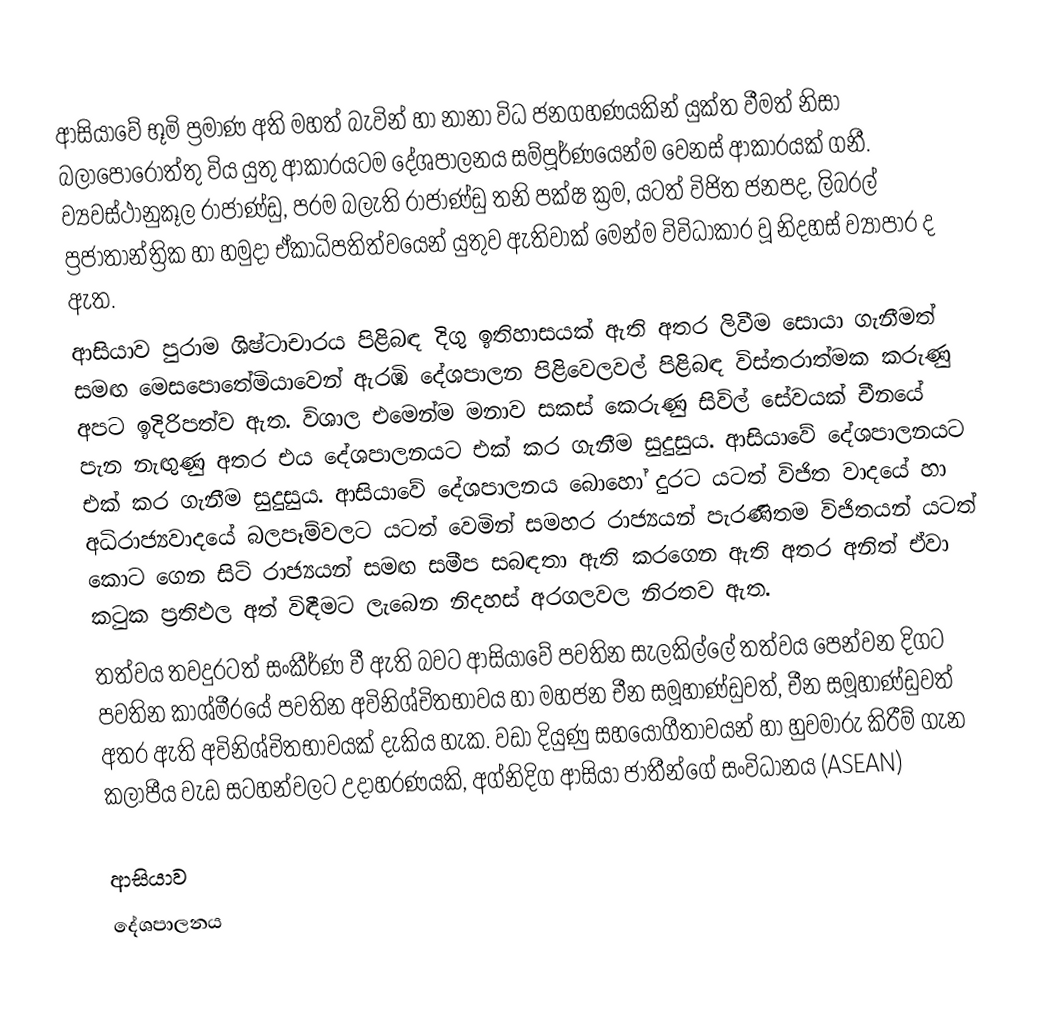
ආසියාවේ භූමි ප්‍රමාණ අති මහත් බැවින් හා නානා විධ ජනගහණයකින් යුක්ත වීමත් නිසා බලාපොරොත්තු විය යුතු ආකාරයටම දේශපාලනය සම්පූර්ණයෙන්ම වෙනස් ආකාරයක් ගනී. ව්‍යවස්ථානුකූල රාජාණ්ඩු, පරම බලැති රාජාණ්ඩු තනි පක්ෂ ක්‍රම, යටත් විජිත ජනපද, ලිබරල් ප්‍රජාතාන්ත්‍රික හා හමුදා ඒකාධිපතිත්වයෙන් යුතුව ඇතිවාක් මෙන්ම විවිධාකාර වූ නිදහස් ව්‍යාපාර ද ඇත.
ආසියාව පුරාම ශිෂ්ටාචාරය පිළිබඳ දිගු ඉතිහාසයක් ඇති අතර ලිවීම සොයා ගැනීමත් සමඟ මෙසපොතේමියාවෙන් ඇරඹි දේශපාලන පිළිවෙලවල් පිළිබඳ විස්තරාත්මක කරුණු අපට ඉදිරිපත්ව ඇත. විශාල එමෙන්ම මනාව සකස් කෙ‍රුණු සිවිල් සේවයක් චීනයේ පැන නැඟුණු අතර එය දේශපාලනයට එක් කර ගැනීම සුදුසුය. ආසියාවේ දේශපාලනයට එක් කර ගැනීම සුදුසුය. ආසියාවේ දේශපාලනය බොහෝ දුරට යටත් විජිත වාදයේ හා අධිරාජ්‍යවාදයේ බලපෑම්වලට යටත් වෙමින් සමහර රාජ්‍යයන් පැරණිතම විජිතයන් යටත් කොට ගෙන සිටි රාජ්‍යයන් සමඟ සමීප සබඳතා ඇති කරගෙන ඇති අතර අනිත් ඒවා කටුක ප්‍රතිඵල අත් විඳීමට ලැබෙන නිදහස් අරගලවල නිරතව ඇත.
තත්වය තවදුරටත් සංකීර්ණ වී ඇති බවට ආසියාවේ පවතින සැලකිල්ලේ තත්වය පෙන්වන දිගට පවතින කාශ්මීරයේ පවතින අවිනිශ්චිතභාවය හා මහජන චීන සමූහාණ්ඩුවත්, චීන සමූහාණ්ඩුවත් අතර ඇති අවිනිශ්චිතභාවයක් දැකිය හැක. වඩා දියුණු සහයෝගීතාවයන් හා හුවමාරු කිරීම් ගැන කලාපීය වැඩ සටහන්වලට උදාහරණයකි, අග්නිදිග ආසියා ජාතීන්ගේ සංවිධානය (ASEAN)

ආසියාව
දේශපාලනය